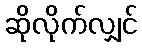
ဆိုလိုက်လျှင်